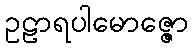
ဥဠာရပါမောဇ္ဇော